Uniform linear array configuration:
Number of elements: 48
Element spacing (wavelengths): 0.75
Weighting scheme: cosine
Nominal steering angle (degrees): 15
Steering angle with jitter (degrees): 14.074
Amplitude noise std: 0.05
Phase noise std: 0.05

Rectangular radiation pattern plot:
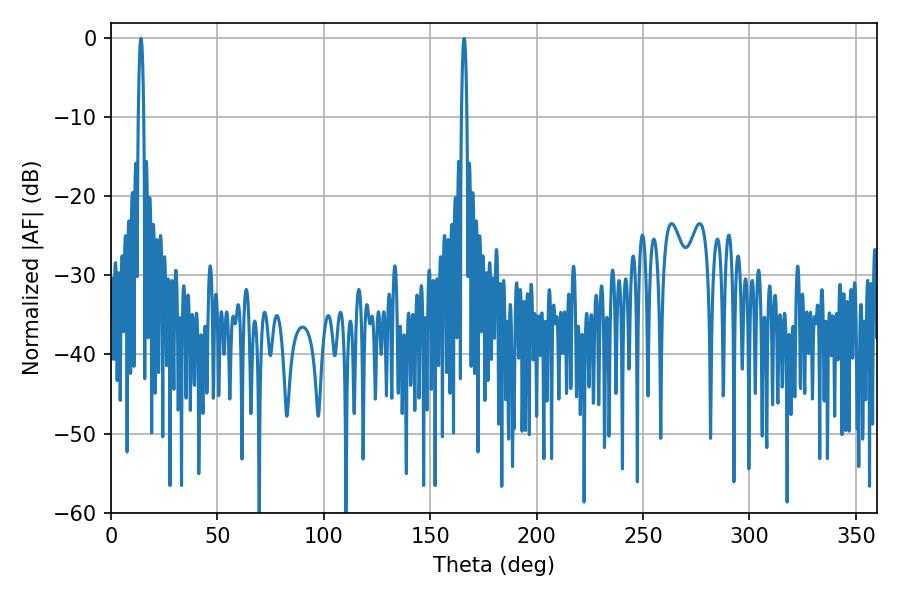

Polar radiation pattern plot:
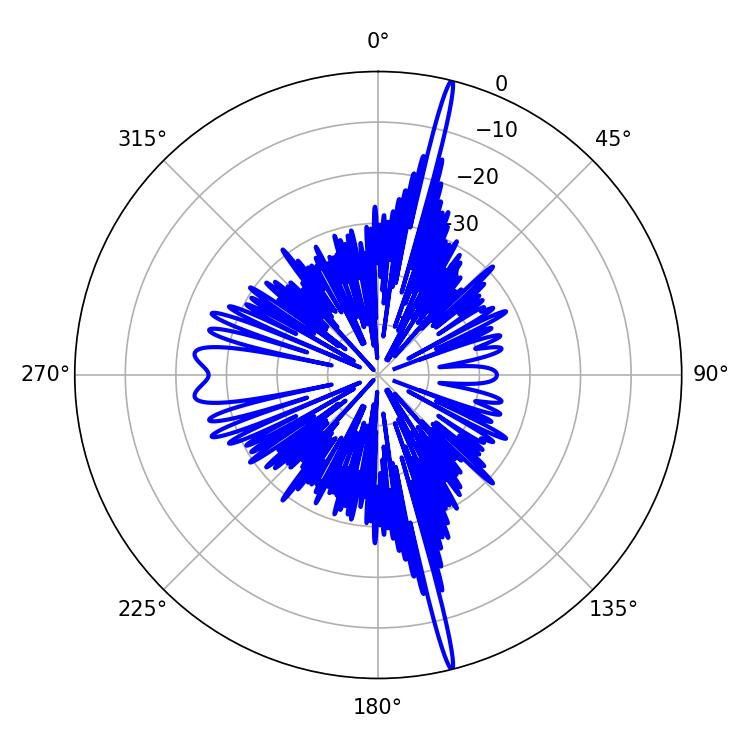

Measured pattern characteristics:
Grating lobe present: TRUE
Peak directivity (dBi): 22.14
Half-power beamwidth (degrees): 1.44
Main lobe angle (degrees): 14.04